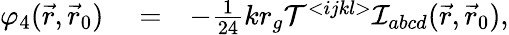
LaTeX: \begin{array}{rlr}{\varphi_{4}(\vec{r},\vec{r}_{0})}&{{}=}&{-{\textstyle\frac{1}{24}}kr_{g}{\cal T}{}^{<ijkl>}{\cal I}_{abcd}(\vec{r},\vec{r}_{0}),}\end{array}